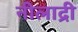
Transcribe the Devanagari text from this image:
नीलाद्री